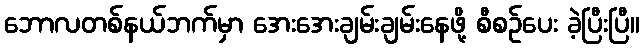
ဘောလတစ်နယ်ဘက်မှာ အေးအေးချမ်းချမ်းနေဖို့ စီစဉ်ပေး ခဲ့ပြီးပြီ။